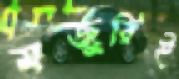
মজুরিই